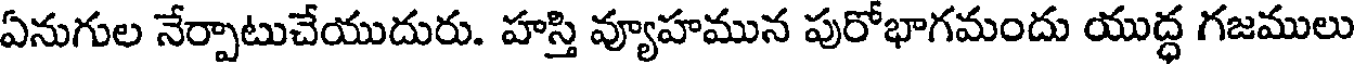
ఏనుగుల నేర్పాటుచేయుదురు. హస్తి వ్యాహమున పురోభాగమందు యుద్ధ గజములు